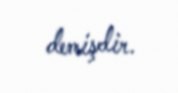
demişdir.